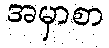
အမှာစာ